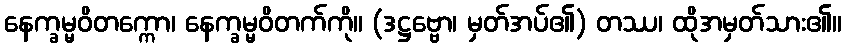
နေက္ခမ္မဝိတက္ကော၊ နေက္ခမ္မဝိတက်ကို။ (ဒဋ္ဌဗ္ဗော၊ မှတ်အပ်၏) တဿ၊ ထိုအမှတ်သား၏။